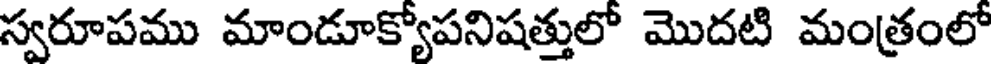
స్వరూపము మాండూక్యోపనిషత్తులో మొదటి మంత్రంలో